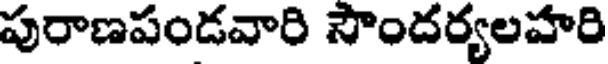
పురాణపండవారి సౌందర్యలహరి